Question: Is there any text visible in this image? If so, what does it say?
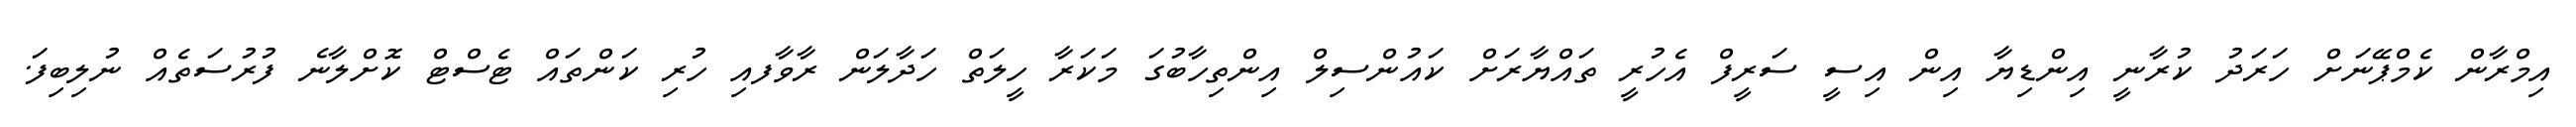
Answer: އިމްރާން ކެމްޕޭނަށް ހަރަދު ކުރާނީ އިންޑިޔާ އިން އިސީ ސަރީފް އެހުރީ ތައްޔާރަށް ކައުންސިލް އިންތިހާބުގަ މަކަރާ ހީލަތް ހަދާލަން ރާވާފއި ހުރި ކަންތައް ޓެސްޓް ކޮށްލާނެ ފުރުސަތެއް ނުލިބިފަ.